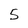
Character: 5